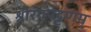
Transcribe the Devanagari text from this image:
श्रीरंगपट्टणम्